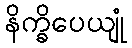
နိက္ခိပေယျုံ